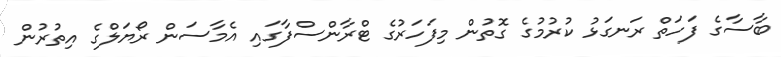
ބާސާގެ ފަހަތް ރަނގަޅު ކުރުމުގެ ގޮތުން މިފަހަރުގެ ޓްރާންސްފާގައި އެމާސަން ރޯޔަލްގެ އިތުރުން